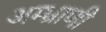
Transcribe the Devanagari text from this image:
अम्भ्राणी